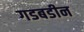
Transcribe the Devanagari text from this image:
गडबडीन